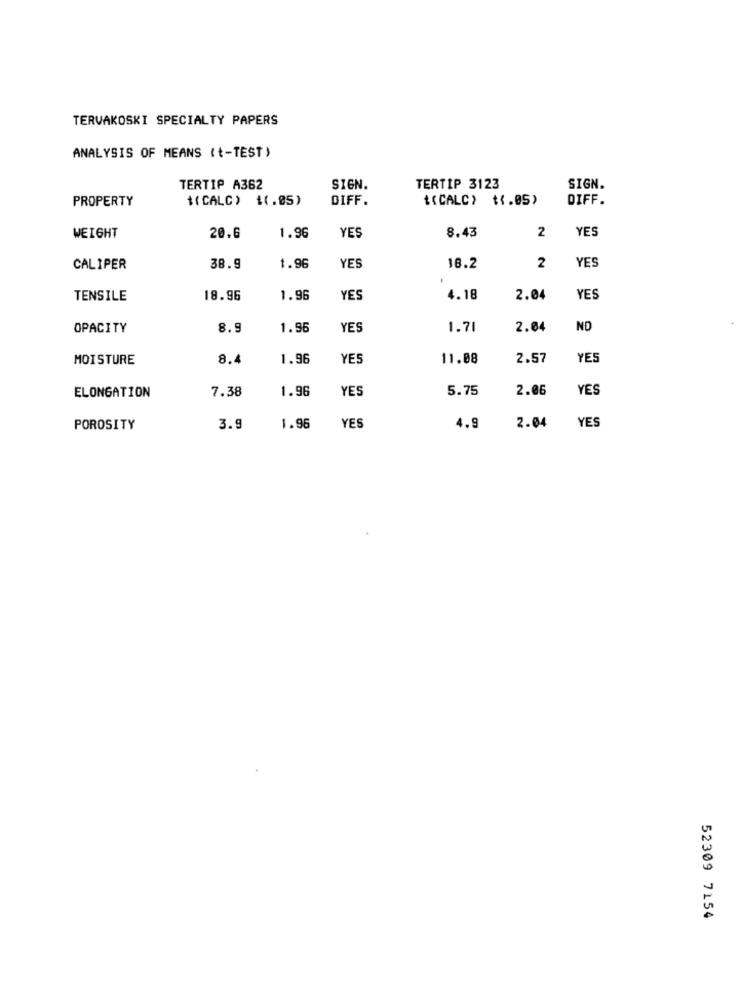
TERVAKOSKI SPECIALTY PAPERS
ANALYSIS OF MEANS (t-TEST)
TERTIP A362
SIGN.
TERTIP 3123
SIGN
PROPERTY
#(CALC) 1(.05)
DIFF.
{(CALC) $1.05)
DIFF.
1.96
YES
8.43
2
YES
WEIGHT
20.6
YES
CALIPER
38.9
1.96
YES
18.2
2
TENSILE
18.96
1.96
YES
4.18
2.04
YES
OPACITY
8.9
1.96
YES
1.71
2.04
ND
MOISTURE
8.4
1.96
YES
11.08
2.57
YES
7.38
1.96
YES
5.75
2.06
YES
ELONGATION
YES
POROSITY
3.9
1.96
YES
4.9
2.04
52309 7154